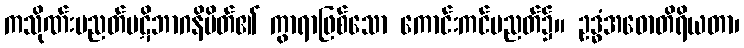
ကသိုဏ်းပညတ်ပဋိဘာဂနိမိတ်၏ ကွာရာဖြစ်သော ကောင်းကင်ပညတ်၌။ ဥဒ္ဓံအဓောတိရိယတာ၊